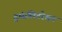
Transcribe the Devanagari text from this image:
ट्रांसलिटरेशन